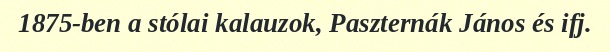
1875-ben a stólai kalauzok, Paszternák János és ifj.